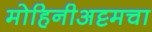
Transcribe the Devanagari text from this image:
मोहिनीअट्टमचा